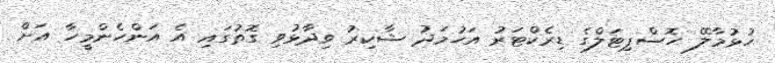
ހުޅުމާލޭ ހޮސްޕިޓަލްގެ ޑިރެކްޓަރު އަހުމަދު ޝާކިރު ވިދާޅުވި ގޮތުގައި އެ އަންހެންމީހާ އަށް